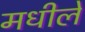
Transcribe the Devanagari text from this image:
मधीले